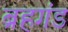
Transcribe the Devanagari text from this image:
ब्रहगंड